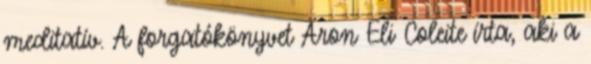
meditatív. A forgatókönyvet Aron Eli Coleite írta, aki a